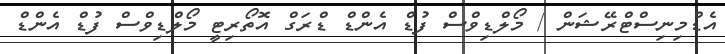
އެޑްމިނިސްޓްރޭޝަން / މޯލްޑިވްސް ފުޑް އެންޑް ޑްރަގް އޮތޯރިޓީ މޯލްޑިވްސް ފުޑް އެންޑް